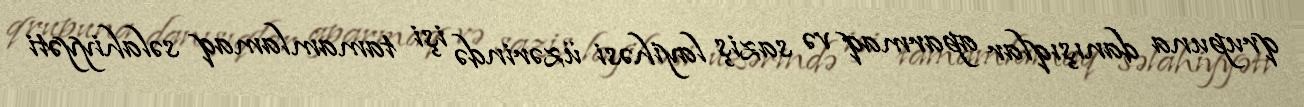
qrupuna danışıqlar aparmaq və saziş layihəsi üzərində işi tamamlamaq səlahiyyəti